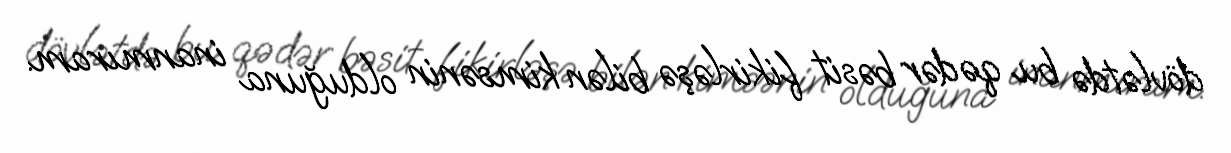
dövlətdə bu qədər bəsit fikirləşə bilən kimsənin olduğuna inanmıram.